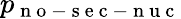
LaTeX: p_{\mathrm{~n~o~-~s~e~c~-~n~u~c~}}